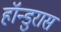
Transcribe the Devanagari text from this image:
हॉन्डुरास